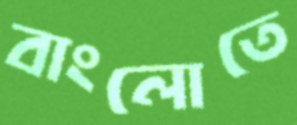
বাংলোতে